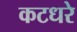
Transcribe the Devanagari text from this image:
कटधरे